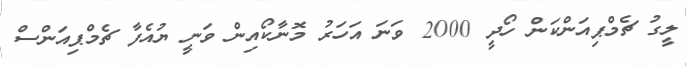
ލީގު ޗެމްޕިއަންކަން ހޯދީ 2000 ވަނަ އަހަރު މޮނާކޯއިން ވަނީ ޔުއެފާ ޗެމްޕިއަންސް